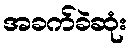
အခက်ခဲဆုံး